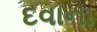
દવાના